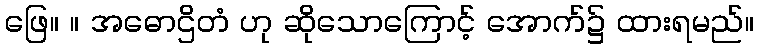
ဖြေ။ ။ အဓောဌိတံ ဟု ဆိုသောကြောင့် အောက်၌ ထားရမည်။